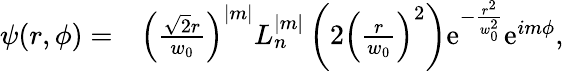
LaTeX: \begin{array}{rl}{\psi(r,\phi)=}&{{}\left(\frac{\sqrt{2}r}{w_{0}}\right)^{|m|}L_{n}^{|m|}\left(2\left(\frac{r}{w_{0}}\right)^{2}\right)\mathrm{e}^{-\frac{r^{2}}{w_{0}^{2}}}\mathrm{e}^{im\phi},}\end{array}